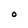
Character: 0